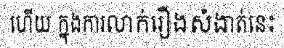
ហើយ ក្នុងការលាក់រឿងសំងាត់នេះ